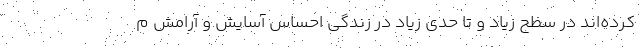
کرده‌اند در سطح زیاد و تا حدی زیاد در زندگی احساس آسایش و آرامش م